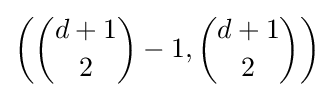
\left({d+1 \choose 2}-1,{d+1 \choose 2}\right)